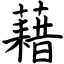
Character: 藉